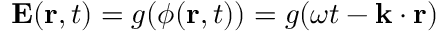
\mathbf { E } ( \mathbf { r } , t ) = g ( \phi ( \mathbf { r } , t ) ) = g ( \omega t - \mathbf { k } \cdot \mathbf { r } )